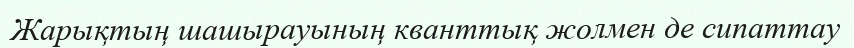
Жарықтың шашырауының кванттық жолмен де сипаттау